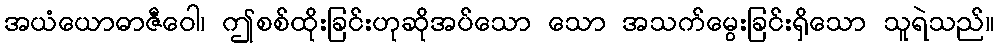
အယံယောဓာဇီဝေါ၊ ဤစစ်ထိုးခြင်းဟုဆိုအပ်သော သော အသက်မွေးခြင်းရှိသော သူရဲသည်။